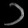
Digit: ၁